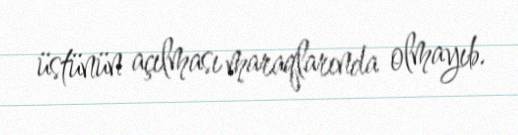
üstünün açılması maraqlarında olmayıb.